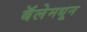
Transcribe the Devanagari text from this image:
बॅलेमधून